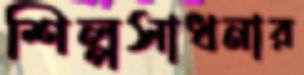
শিল্পসাধনার